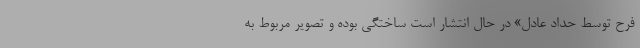
فرح توسط حداد عادل» در حال انتشار است ساختگی بوده و تصویر مربوط به